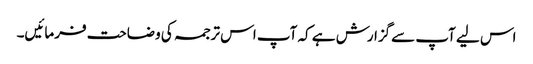
اس لیے آپ سےگزارش ہے کہ آپ اس ترجمہ کی وضاحت فرمائیں۔